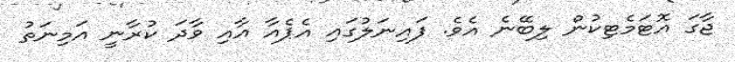
ޖާގަ އޮޓަމެޓިކުން ލިބޭނެ އެވެ. ފައިނަލުގައި އެޕެއާ އާއި ވާދަ ކުރާނީ އަމިނަތު